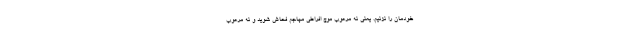
خودمان را نزنیم. یعنی نه مرعوب موج افراطی مهاجم فحاش شوید و نه مرعوب